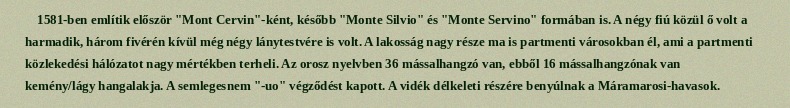
1581-ben említik először "Mont Cervin"-ként, később "Monte Silvio" és "Monte Servino" formában is. A négy fiú közül ő volt a harmadik, három fivérén kívül még négy lánytestvére is volt. A lakosság nagy része ma is partmenti városokban él, ami a partmenti közlekedési hálózatot nagy mértékben terheli. Az orosz nyelvben 36 mássalhangzó van, ebből 16 mássalhangzónak van kemény/lágy hangalakja. A semlegesnem "-uo" végződést kapott. A vidék délkeleti részére benyúlnak a Máramarosi-havasok.